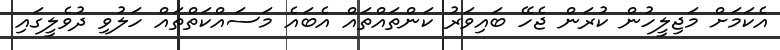
އެކަމަށް މަޖިލީހުން ކުރަން ޖެހޭ ބައިވަރު ކަންތައްތައް އެބައެ މަސައްކަތްތައް ހަލުވި ދުވެލީގައި